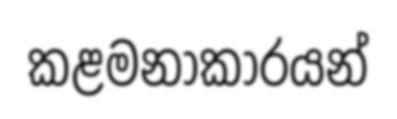
කළමනාකාරයන්